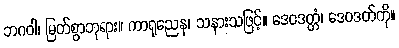
ဘဂဝါ၊ မြတ်စွာဘုရား။ ကာရုညေန၊ သနားသဖြင့်။ ဒေဝဒတ္တံ၊ ဒေဝဒတ်ကို။